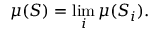
\mu ( S ) = \operatorname* { l i m } _ { i } \mu ( S _ { i } ) .